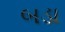
બડા